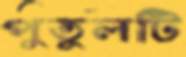
পুতুলটি